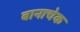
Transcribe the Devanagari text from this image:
बानाचेक